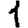
Digit: 1